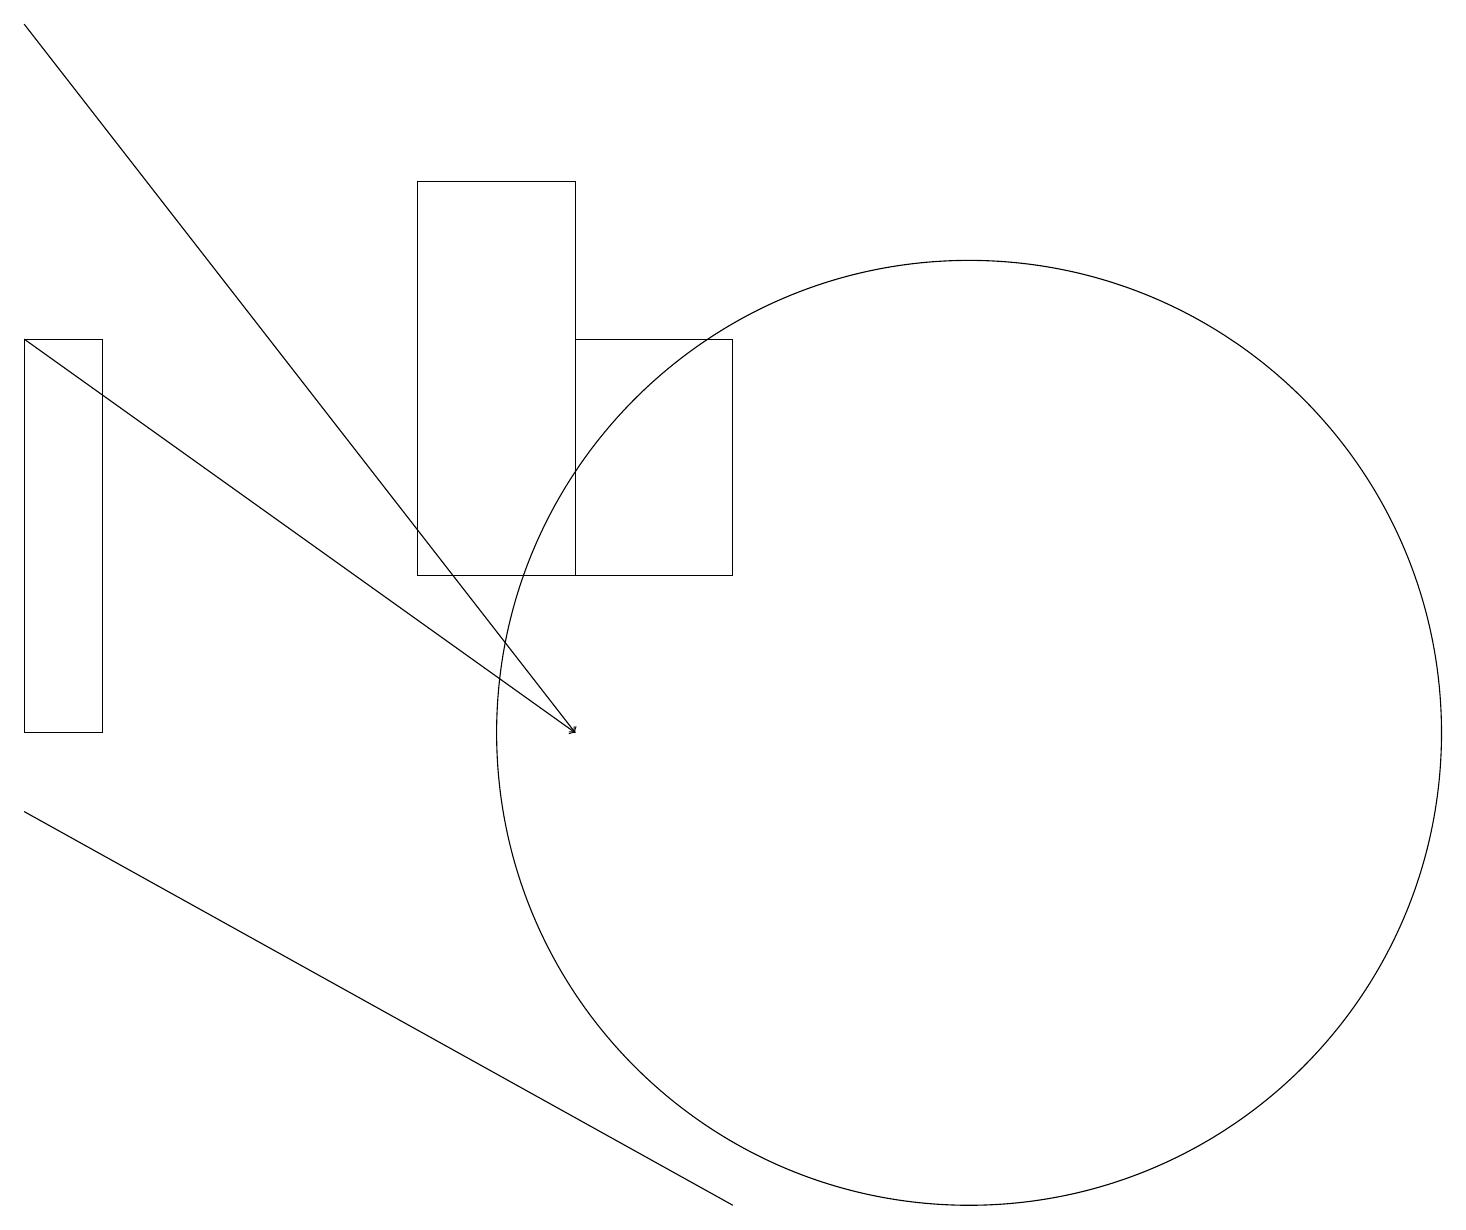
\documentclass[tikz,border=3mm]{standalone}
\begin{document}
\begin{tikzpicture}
\draw[->] (0,15) -- (7,10);
\draw (0,9) -- (9,4) -- (0,9) -- cycle;
\draw (5,17) rectangle (7,12);
\draw[->] (0,19) -- (7,10);
\draw (12,10) circle (6);
\draw (7,12) rectangle (9,15);
\draw (1,15) rectangle (0,10);
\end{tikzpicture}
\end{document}